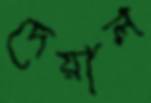
দেয়াল